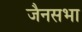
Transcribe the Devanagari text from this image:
जैनसभा